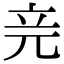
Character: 𥩗